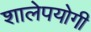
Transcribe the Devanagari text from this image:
शालेपयोगी